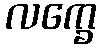
လက္ခေ